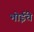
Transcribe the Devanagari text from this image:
भोईंचे